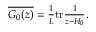
\begin{array} { r } { \overline { { G _ { 0 } ( z ) } } = \frac { 1 } { L } \mathrm { t r } \frac { 1 } { z - H _ { 0 } } . } \end{array}